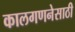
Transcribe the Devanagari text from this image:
कालगणनेसाठी